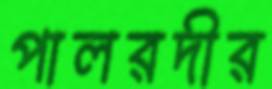
পালরদীর